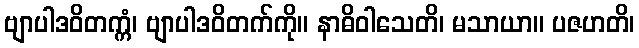
ဗျာပါဒဝိတက္ကံ၊ ဗျာပါဒဝိတက်ကို။ နာဓိဝါသေတိ၊ မသာယာ။ ပဇဟတိ၊